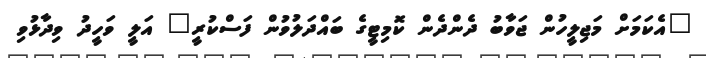
"އެކަމަށް މަޖިލީހުން ޖަވާބު ދެންދެން ކޮމިޓީގެ ބައްދަލުވުން ފަސްކުރީ" އަލީ ވަހީދު ވިދާޅުވި